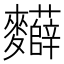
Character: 𮮂